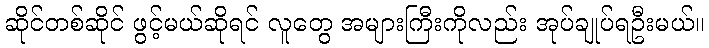
ဆိုင်တစ်ဆိုင် ဖွင့်မယ်ဆိုရင် လူတွေ အများကြီးကိုလည်း အုပ်ချုပ်ရဦးမယ်။